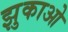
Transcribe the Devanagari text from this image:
झुकाओ